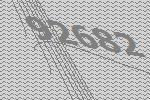
92682